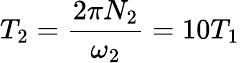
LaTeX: T_{2}=\frac{2\pi N_{2}}{\omega_{2}}=10T_{1}